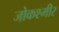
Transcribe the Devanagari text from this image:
जोकश्मीर